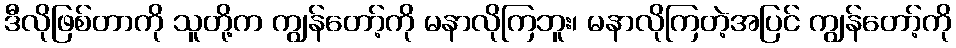
ဒီလိုဖြစ်တာကို သူတို့က ကျွန်တော့်ကို မနာလိုကြဘူး၊ မနာလိုကြတဲ့အပြင် ကျွန်တော့်ကို